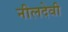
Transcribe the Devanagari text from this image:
नीलदेवी